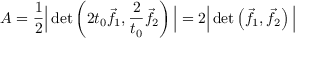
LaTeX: A = { \frac { 1 } { 2 } } { \Big | } \operatorname* { d e t } \left( 2 t _ { 0 } { \vec { f } } _ { 1 } , { \frac { 2 } { t _ { 0 } } } { \vec { f } } _ { 2 } \right) { \Big | } = 2 { \Big | } \operatorname* { d e t } \left( { \vec { f } } _ { 1 } , { \vec { f } } _ { 2 } \right) { \Big | }